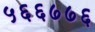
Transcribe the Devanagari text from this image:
५६६७७६